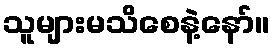
သူများမသိစေနဲ့နော်။